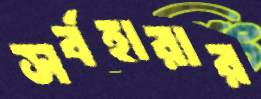
সর্বহারার